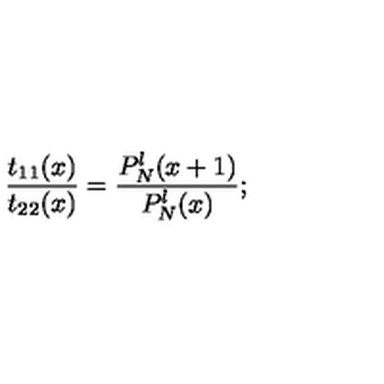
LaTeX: \frac { t _ { 1 1 } ( x ) } { t _ { 2 2 } ( x ) } = \frac { P _ { N } ^ { \l } ( x + 1 ) } { P _ { N } ^ { \l } ( x ) } ;